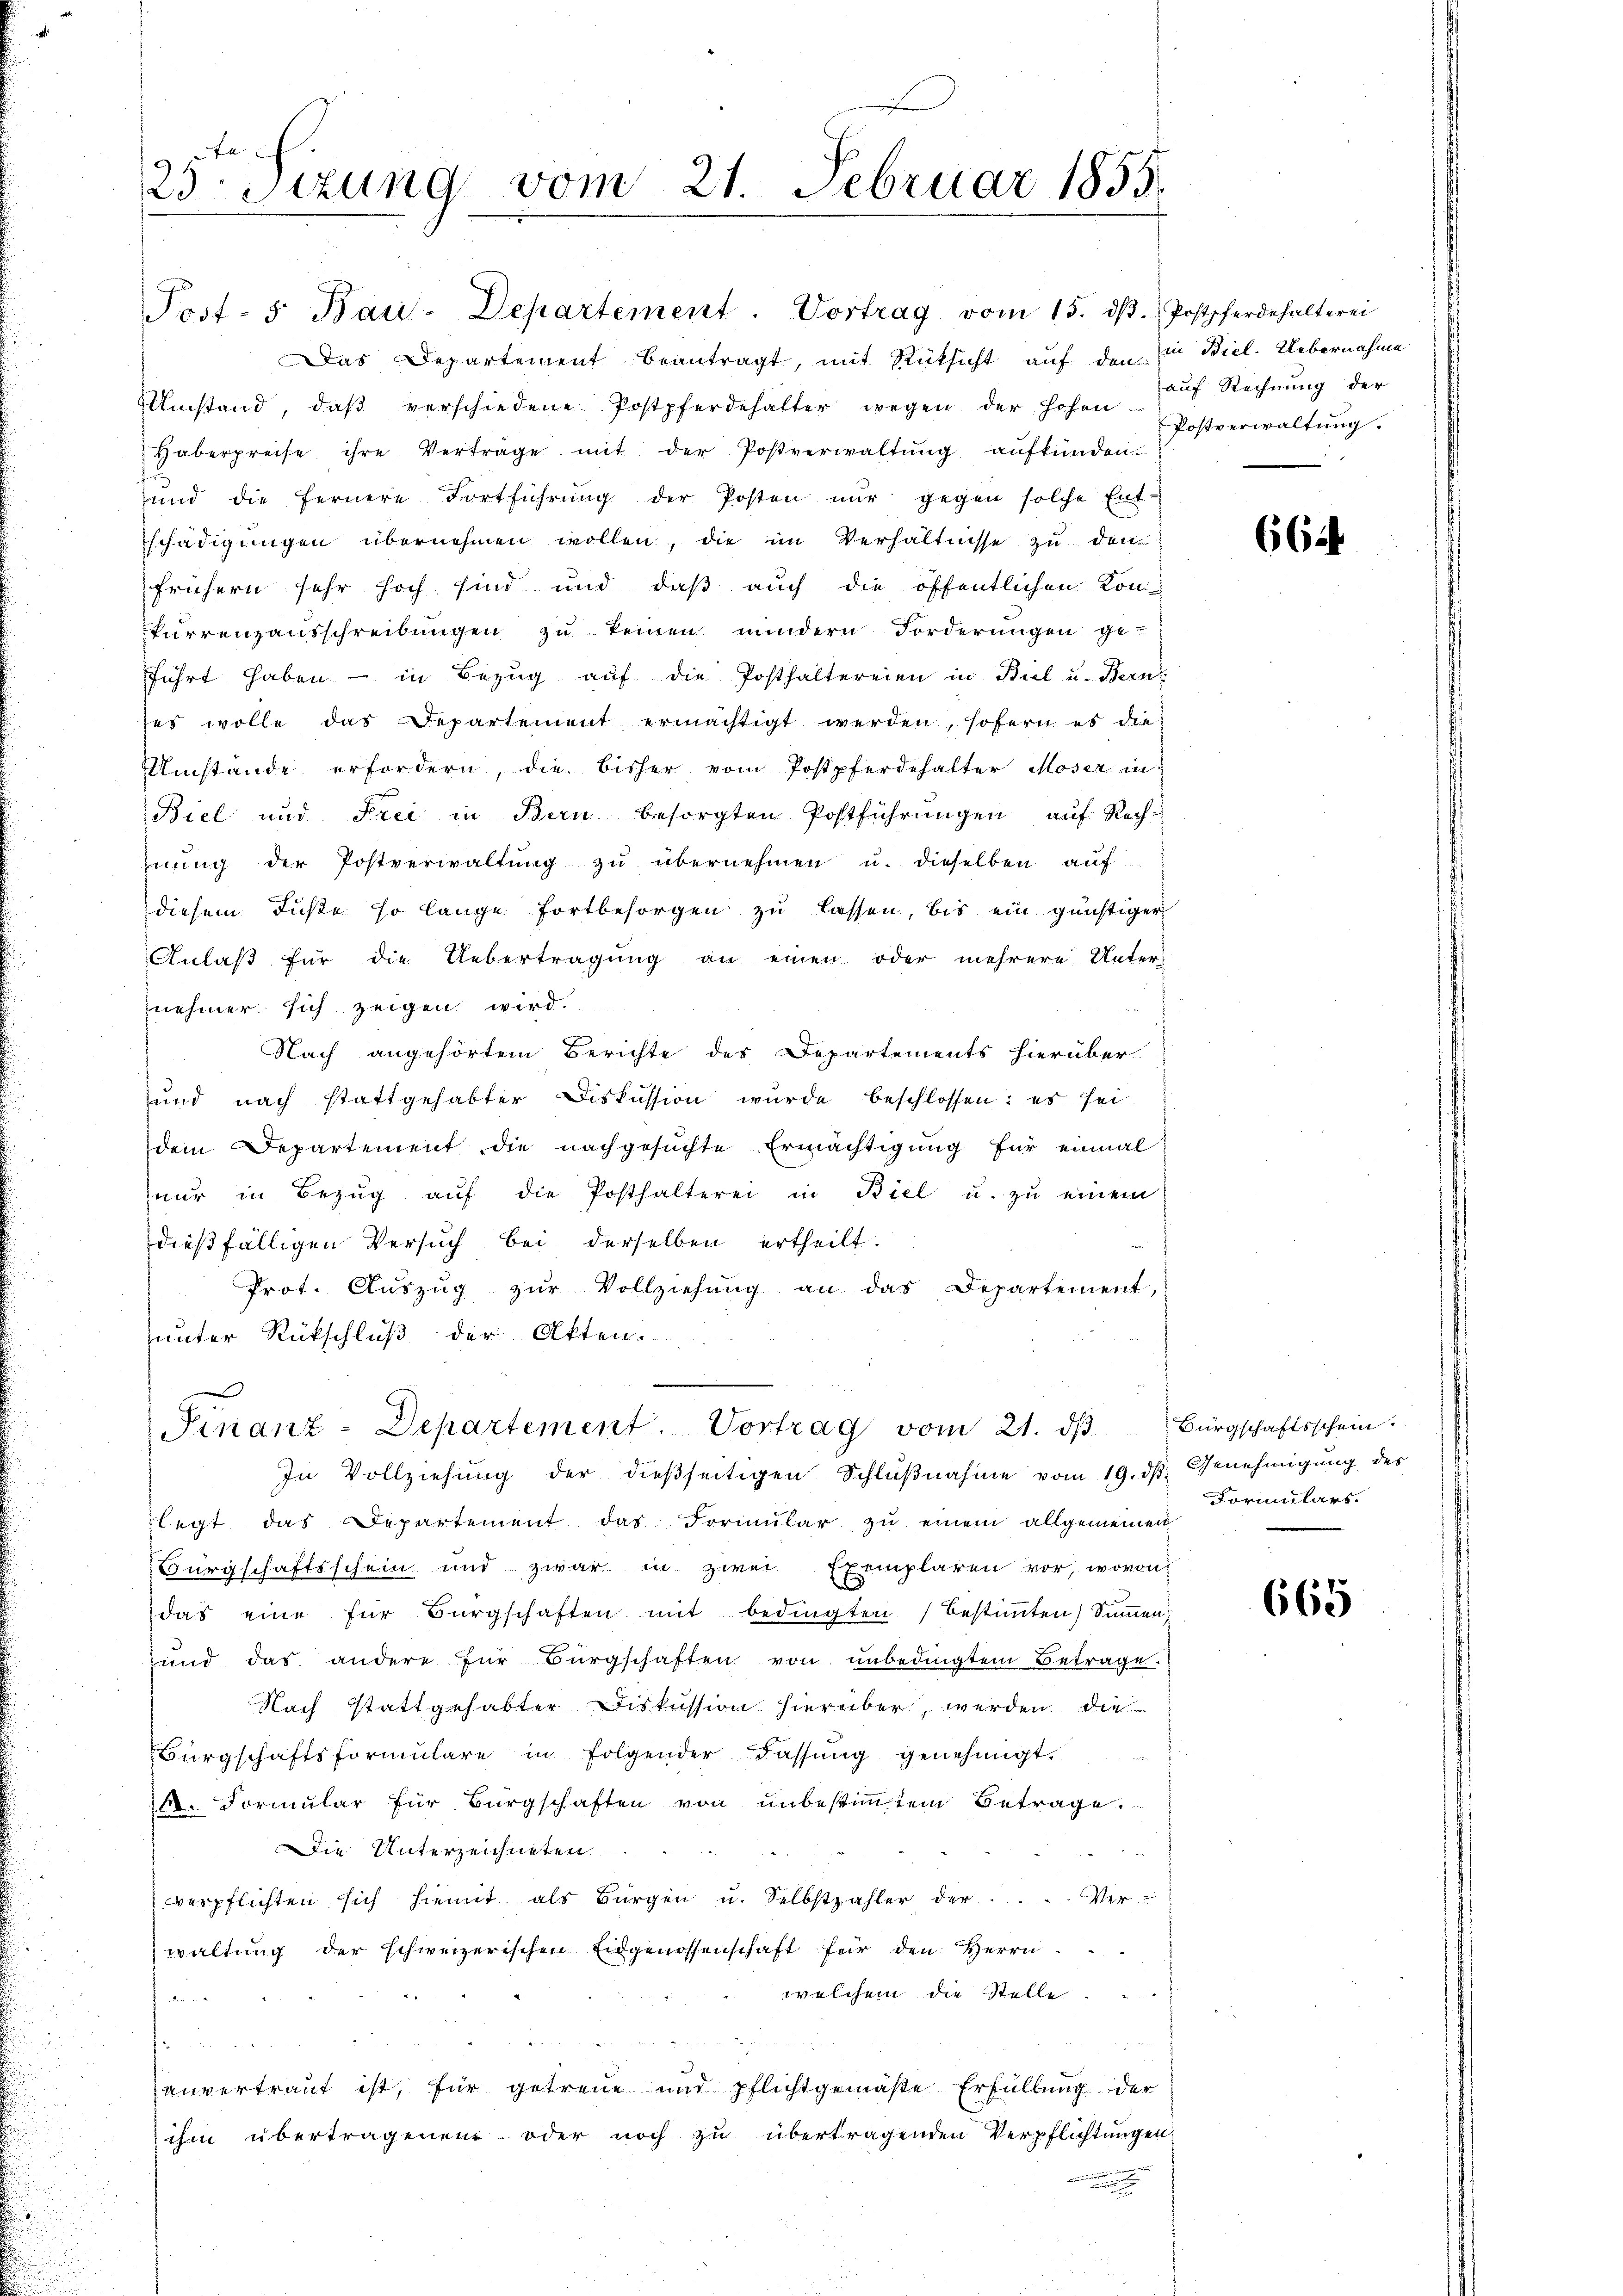
25 Stzung vom 21. Februar 1855.
e

Post- 5. Bau-Departement. Vortrag vom 15. dβ. Postpferdehalterei
Das Departement beantragt, mit Rücksicht auf den in Biel. Uebernahme
Umstand, daβ verschiedene Postpferdehälter wegen der hohen Postverwaltŭng.
 Haberpreise ihre Vertrage mit der Postverwaltŭng aufkünden
sund die fernere Fortführŭng der Posten nŭr gegen solche Ent-
schädigungen übernehmen wollen, die im Verhältnisse zu dem
frühern sehr hoch sind und daß auch die öffentlichen Kon-
furrenzausschreibŭngen zŭ keinen mindern Forderŭngen ge-
führt haben - in Bezug auf die Posthaltereien in Biel u. Bern
ses wolle das Departement ermächtigt werden, sofern es die
UUmstände erfordern, die bisher vom Postpferdehalter Moser in
Biel und Frei in Bern besorgten Postführŭngen aŭf Rechhnung der Postverwaltung zu übernehmen u. dieselben auf
diesem Fuße so lange fortbesorgen zu lassen, bis ein günstiger
Anlaß für die Uebertragung an einen oder mehrere Unter-
nehmer sich zeigen wird.
Nach angehörtem Berichte des Departements hierüber
und nach stattgehabter Diskussion wurde beschlossen: es sei
dem Departement die nachgesuchte Ermächtigung für einmal
nŭr in Bezŭg aŭf die Posthalterei in Biel u. zŭ einem
dießfälligen Versuch bei derselben ertheilt.
Prot. Aŭszŭg zŭr Vollziehŭng an das Departement,
unter Rückschluß der Akten.

Finanz-Departement. Vortrag vom 21. dβ Bürgschaftsschein.
In Vollziehŭng der dießseitigen Schlŭβnahme vom 19. dβ. Genehmigung des

legt das Departement das Formŭlar zu einem allgemeinen
Bürgschaftsschein und zwar in zwei Exemplaren vor, wovon
das eine für Bürgschaften mit bedingten Bestiṁten Summen
und das andere für Bürgschaften von ŭnbedingtem Betrage.
Nach stattgehabter Diskussion hierüber, werden die
Bürgschaftsformŭlare in folgender Fassŭng genehmigt.
. Formular für Bürgschaften von unbestimmtem Betrage.
Die Unterzeichneten.
verpflichten sich hiemit als Bürgen u. Selbstzahler der Verwaltung der schweizerischen Eidgenossenschaft für den Herrn
welchem die Stelle.
den
anvertraut ist, für getreue und pflichtgemäße Erfüllung der
ihm übertragenen oder noch zu übertragenden Verpflichtungen
a

auf Rechnung der

66

Formulars.

665